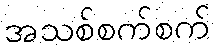
အသစ်စက်စက်